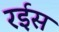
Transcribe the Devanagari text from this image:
रर्इस